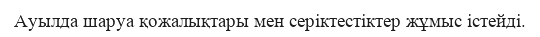
Ауылда шаруа қожалықтары мен серіктестіктер жұмыс істейді.